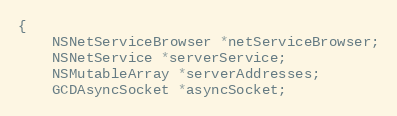
Language: C
{
	NSNetServiceBrowser *netServiceBrowser;
	NSNetService *serverService;
	NSMutableArray *serverAddresses;
	GCDAsyncSocket *asyncSocket;